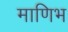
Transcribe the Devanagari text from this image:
माणिभ